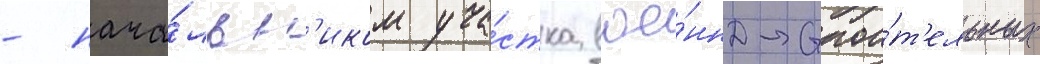
- нача́льн'иком уча́стка вое́нно-строи́т'ельных